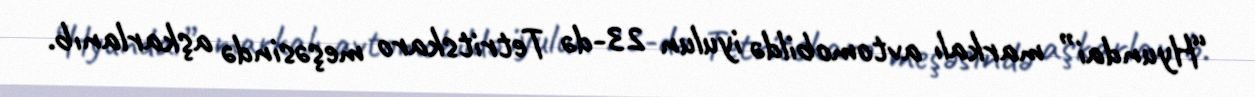
“Hyundai” markalı avtomobildə iyulun 23-də Tetritskaro meşəsində aşkarlanıb.